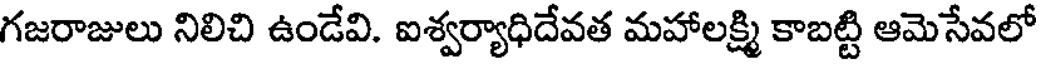
గజరాజులు నిలిచి ఉండేవి. ఐశ్వర్యాధిదేవత మహాలక్ష్మి కాబట్టి ఆమెసేవలో